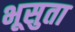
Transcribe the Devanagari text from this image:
भूसुता